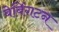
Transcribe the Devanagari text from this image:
बेबिंगटन